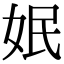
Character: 姄